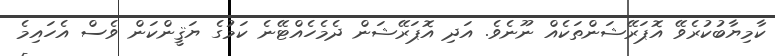
ކާމިޔާބުކުރެވޭ އޮޕަރޭޝަންތަކެއް ނޫނެވެ. އަދި އޮޕަރޭޝަން ދެމެހެއްޓޭނެ ކަމުގެ ޔަޤީންކަން ވެސް އެހައިމެ